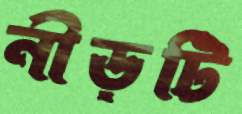
নীড়টি